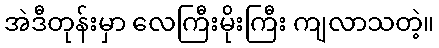
အဲဒီတုန်းမှာ လေကြီးမိုးကြီး ကျလာသတဲ့။